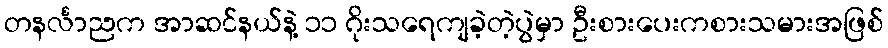
တနင်္လာညက အာဆင်နယ်နဲ့ ၁၁ ဂိုးသရေကျခဲ့တဲ့ပွဲမှာ ဦးစားပေးကစားသမားအဖြစ်